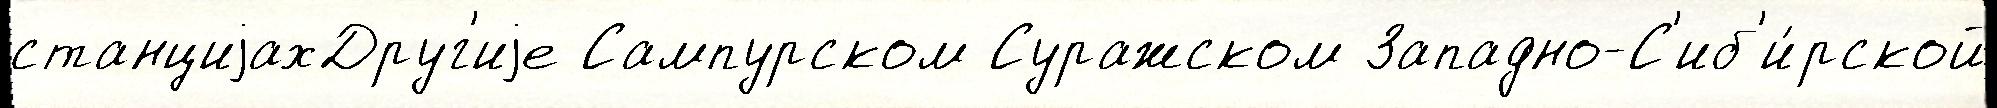
станциjахДруг'иjе Сампурском Суражском Западно-С'иб'и́рской